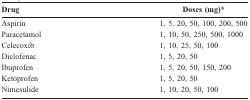
<table><thead><tr><td><b>Drug</b></td><td><b>Doses (mg)*</b></td></tr></thead><tbody><tr><td>Aspirin</td><td>1, 5, 20, 50, 100, 200, 500</td></tr><tr><td>Paracetamol</td><td>1, 10, 50, 250, 500, 1000</td></tr><tr><td>Celecoxib</td><td>1, 10, 25, 50, 100</td></tr><tr><td>Diclofenac</td><td>1, 5, 20, 50</td></tr><tr><td>Ibuprofen</td><td>1, 5, 20, 50, 150, 200</td></tr><tr><td>Ketoprofen</td><td>1, 5, 20, 50</td></tr><tr><td>Nimesulide</td><td>1, 10, 20, 50, 100</td></tr></tbody></table>